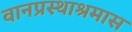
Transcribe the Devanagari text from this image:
वानप्रस्थाश्रमास